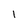
Character: 1